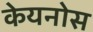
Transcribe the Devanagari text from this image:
केयनोस